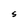
Character: S